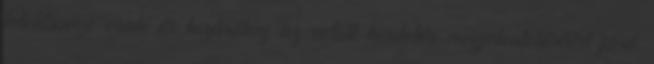
felelőssége csak és kizárólag az adott hirdetés megjelentetéséért járó